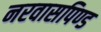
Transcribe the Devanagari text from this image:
नरवासपिण्ड